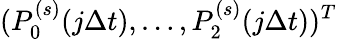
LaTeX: (P_{0}^{(s)}(j\Delta t),\dots,P_{2}^{(s)}(j\Delta t))^{T}